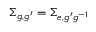
\Sigma _ { g , g ^ { \prime } } = \Sigma _ { e , g ^ { \prime } g ^ { - 1 } }